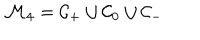
{ \cal M } _ { 4 } = { \cal C } _ { + } \cup { \cal C } _ { 0 } \cup { \cal C } _ { - }